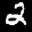
Label: 2